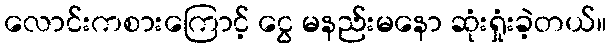
လောင်းကစားကြောင့် ငွေ မနည်းမနော ဆုံးရှုံးခဲ့တယ်။